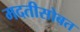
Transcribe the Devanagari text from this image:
मदतीसोबत